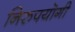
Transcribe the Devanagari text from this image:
निरुपयॊगी